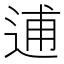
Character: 逋